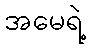
အမေရဲ့